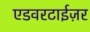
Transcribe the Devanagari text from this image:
एडवरटाईज़र